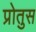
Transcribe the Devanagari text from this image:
प्रोतुस